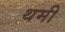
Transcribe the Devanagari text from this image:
थमी